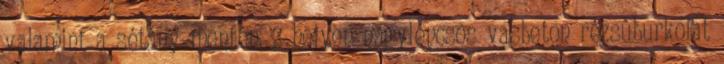
valamint a sétány mentén, 2 helyen nagylépcsõs vasbeton rézsûburkolat